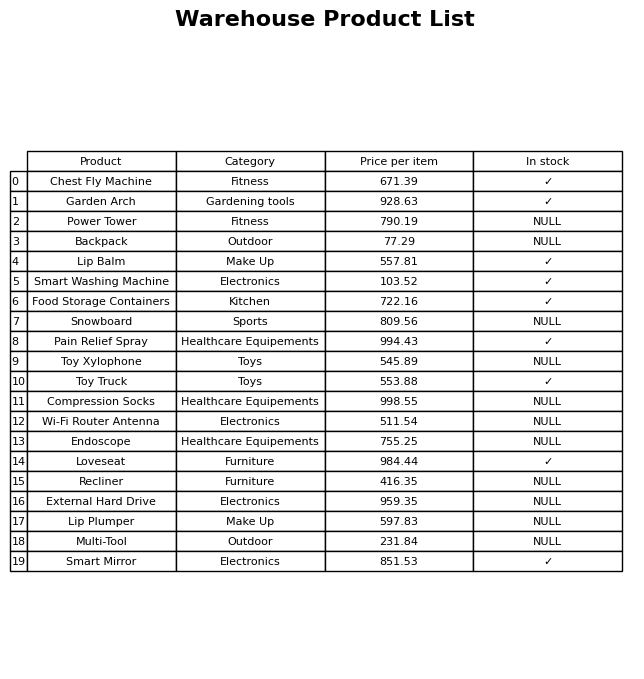
question: What is the price of the Wi-Fi Router Antenna?
answer: The price of Wi-Fi Router Antenna is 511.54.